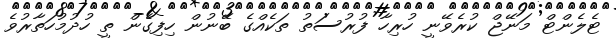
ޓެލެންޓް މަނޭޖް ކުރެވޭނީ ހުރިހާ ފުރުސަތު ތަކެއްގެ ބޭނުން ހިފިގެން ތީ ހުދުމުހަތާރުވެ